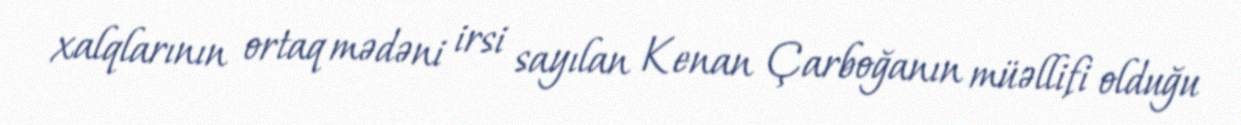
xalqlarının ortaq mədəni irsi sayılan Kenan Çarboğanın müəllifi olduğu